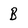
Character: B